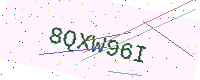
Text: 8QXW96I